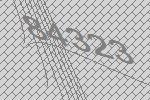
84323